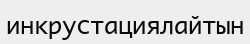
инкрустациялайтын